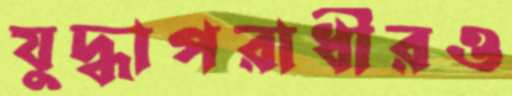
যুদ্ধাপরাধীরও